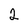
Character: 2